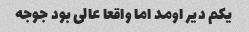
یکم دیر اومد اما واقعا عالی بود جوجه